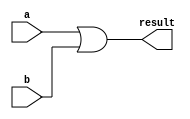
`timescale 1ns / 1ps
//////////////////////////////////////////////////////////////////////////////////
// Company: 
// Engineer: 
// 
// Design Name: 
// Module Name:    OR_1bit 
// Project Name: 
// Target Devices: 
// Tool versions: 
// Description: 
//
// Dependencies: 
//
// Revision: 
// Revision 0.01 - File Created
// Additional Comments: 
//
//////////////////////////////////////////////////////////////////////////////////
module OR_1bit(output result, input a,b
    );
//This is the 1 Bit OR module
	 or	(result,a,b);

endmodule